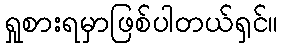
ရှုစားရမှာဖြစ်ပါတယ်ရှင်။